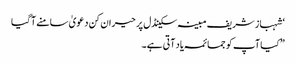
‘ شہباز شریف مبینہ سکینڈل پر حیران کن دعویٰ سامنے آگیا
”کیا آپ کو جمائمہ یاد آتی ہے۔